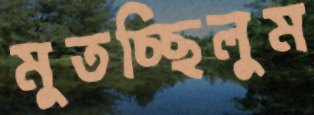
মুতচ্ছিলুম